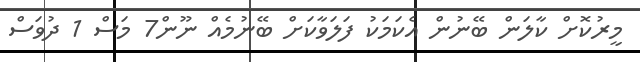
މީރުކޮށް ކާލަން ބޭނުން އެކަމަކު ފަލަވާކަށް ބޭނުމެއް ނޫން7 މަސް 1 ދުވަސް